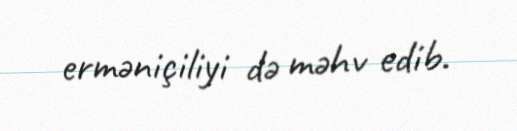
erməniçiliyi də məhv edib.